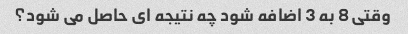
وقتی 8 به 3 اضافه شود چه نتیجه ای حاصل می شود؟